Annual report on the lock hospitals of the Madras Presidency
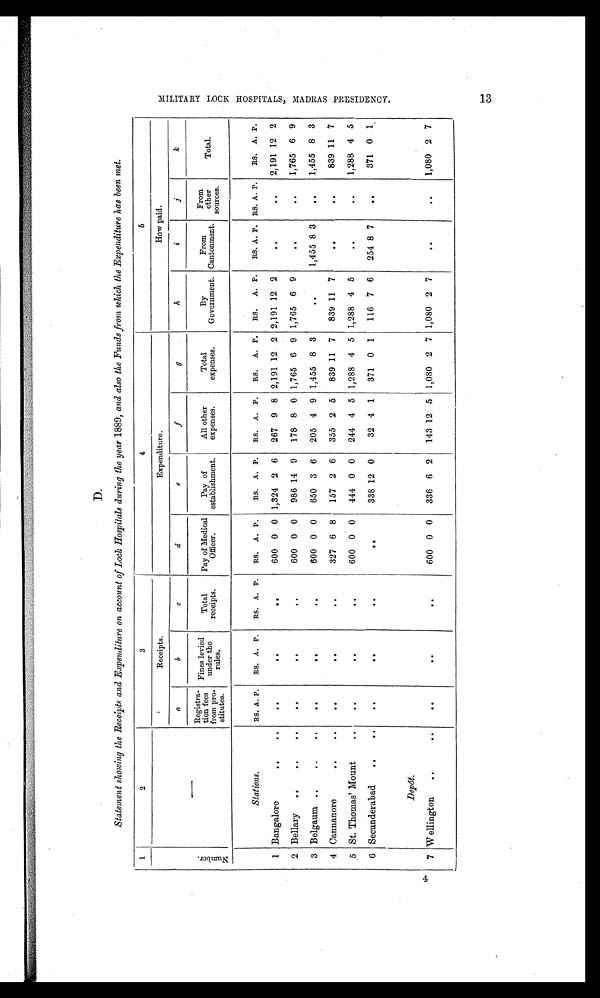
D.
Statement showing the Receipts and Expenditure on account of Lock Hospitals during the year 1889, and also the Funds from which the Expenditure has been met.
1
2
3
4
5
N u m b e r .
Receipts.
Expenditure.
How paid.
a
b
c
d
e
f
9
h
i
j
k
Registra-
tion fees fees
ro-
from p
stitutes.
Fines levied
under the
rules. rules
Total
receipts.
Pay of Medical
Officer.
Pay of
establishment.
All other
expenses.
Total
ex enses.
By
Government.
From
Cantonment.
From
other
sources.
Total.
Stations.
RS. A. P.
RS. A. P.
RS. A. P.
RS.
A. P.
RS. A. P.
RS. A. P.
RS.
A. P.
RS.
A. P.
RS. A. P. RS. A. P.
RS. A. P.
1 Bangalore
..
..
. .
. .
. .
600 0 0 1,324 2 6
267 9 8 2,191 12 2 2,191 12 2
..
. .
2,191 12 2
2 Bellary
..
..
..
. .
..
. .
600 0 0
986 14 9
178 8 0 1,765 6 9 1,765 6 9
..
. .
1,765 6 9
3 Belgaum ..
..
. .
. .
..
. .
600 0 0
650 3 6
205 4 9 1,455 8 3
. .
1,455 8 3
. .
1,455 8 3
4 Cannanore
..
. .
327 6 8
157 2 6
355 2 5
839 11 7
839 11
. .
. .
839 11 7
5 St. Thomas' Mount
..
. .
. .
. .
600 0 0
444 0 0
244 4 5 1,288 4 5 1,288 4 5
. .
. .
1,288 4 5
6 Secunderabad
. .
..
..
. .
. .
..
338 12 0
32 4 1
371 0 1
116 7 6
254 8 7
..
371 0 1
Depót.
7 Wellington
..
..
. .
. .
. .
600 0 0
336 6 2
143 12 5 1,080 2 7 1,080 2 7
. .
..
1,080 2
M I L I T A R Y L O C K H O S P I T A L S , M A D R A S P R E S I D E N C Y .
13 M I L I T A R Y L O C K H O S P I T A L S , M A D R A S P R E S I D E N C Y .